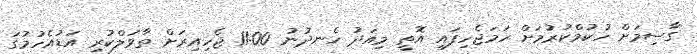
ގާސިމަށް ހުކުމްކުރުމަށް ހަމަޖެހިފައި އޮތީ މިއަދު ހެނދުނު 11:00 ޖެހިއިރަށް ތާވަލްކުރި އަޑުއެހުމުގަ